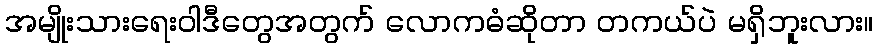
အမျိုးသားရေးဝါဒီတွေအတွက် လောကဓံဆိုတာ တကယ်ပဲ မရှိဘူးလား။